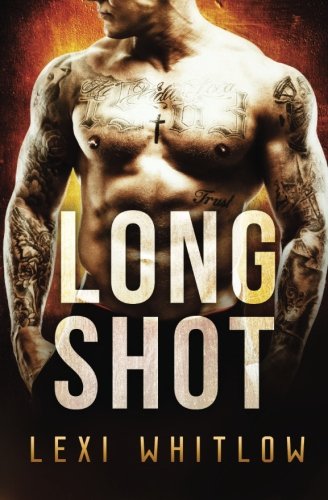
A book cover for Long Shot; Lexi Whitlow; Romance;